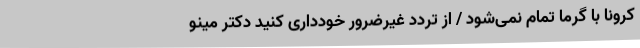
کرونا با گرما تمام نمی‌شود / از تردد غیرضرور خودداری کنید دکتر مینو